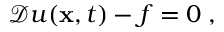
\mathcal { D } u ( { \bf x } , t ) - f = 0 \; ,